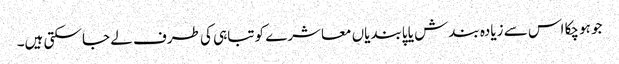
جو ہوچکا اس سے زیادہ بندش یا پابندیاں معاشرے کو تباہی کی طرف لے جا سکتی ہیں۔